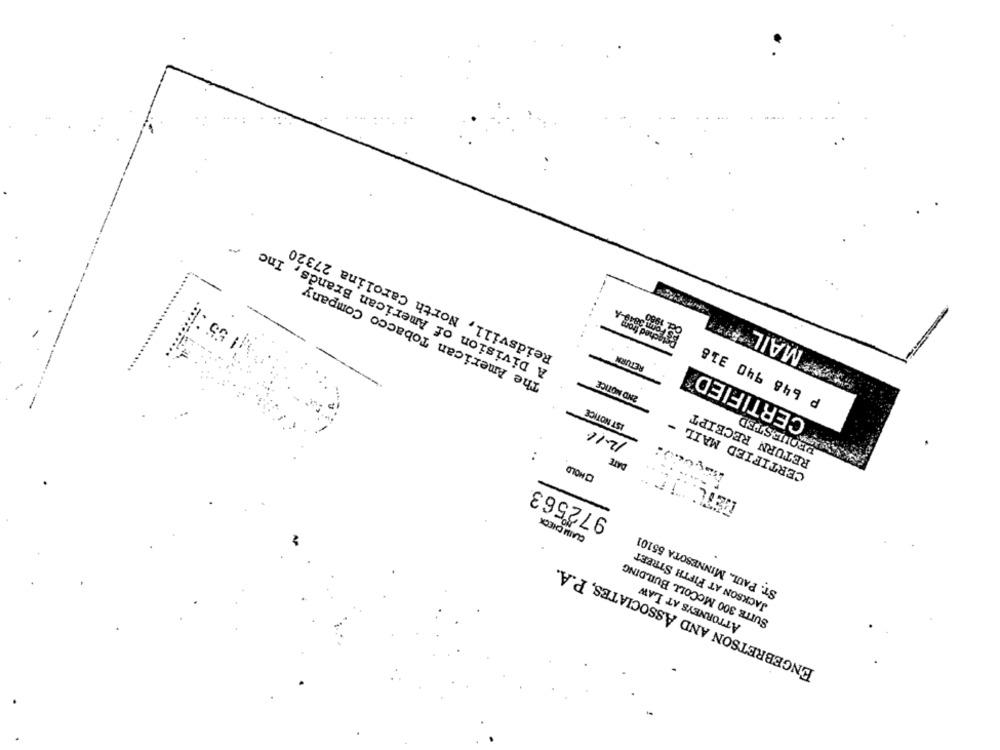
Reidsvill, North Carolina 27320
A Division of American Brands, Inc
The American Tobacco Company
55
MAIL
₱ 648 940 318
RETURN
CERTIFIED
---
2ND NOTICE
IST NOTICE
RETURN RECEIPT
REQUESTED
12.16
-
CERTIFIED MAIL
DATE
CHOLO
972563
CLAIM CHECK
ST. PAUL, MINNESOTA 55101
JACKSON AT FIFTH STREET
SUITE 300 MCCOLL BUILDING
ENGEBRETSON AND ASSOCIATES, P.A.
ATTORNEYS AT LAW